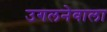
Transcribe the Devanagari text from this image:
उगलनेवाला